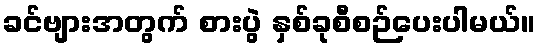
ခင်ဗျားအတွက် စားပွဲ နှစ်ခုစီစဉ်ပေးပါမယ်။